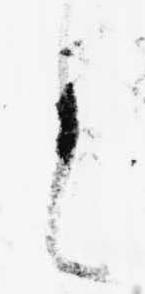
に